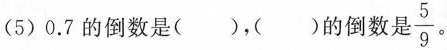
(5)0.7的倒数是()，（）的倒数是 \frac{5}{9}。